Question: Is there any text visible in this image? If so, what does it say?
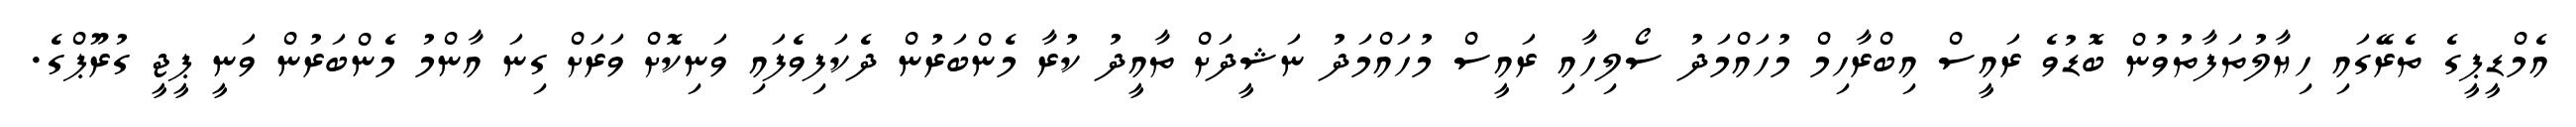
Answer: އެމްޑީޕީގެ ތެރޭގައި ހިޔާލުތަފާތުވުން ބޮޑުވެ ރައީސް އިބްރާހިމް މުހައްމަދު ސޯލިހާއި ރައީސް މުހައްމަދު ނަޝީދަށް ތާއީދު ކުރާ މެންބަރުން ދެކަފިވެފައި ވަނިކޮށް ވަރަށް ގިނަ އާންމު މެންބަރުން ވަނީ ޕީޖީ ގުރޫޕްގެ.